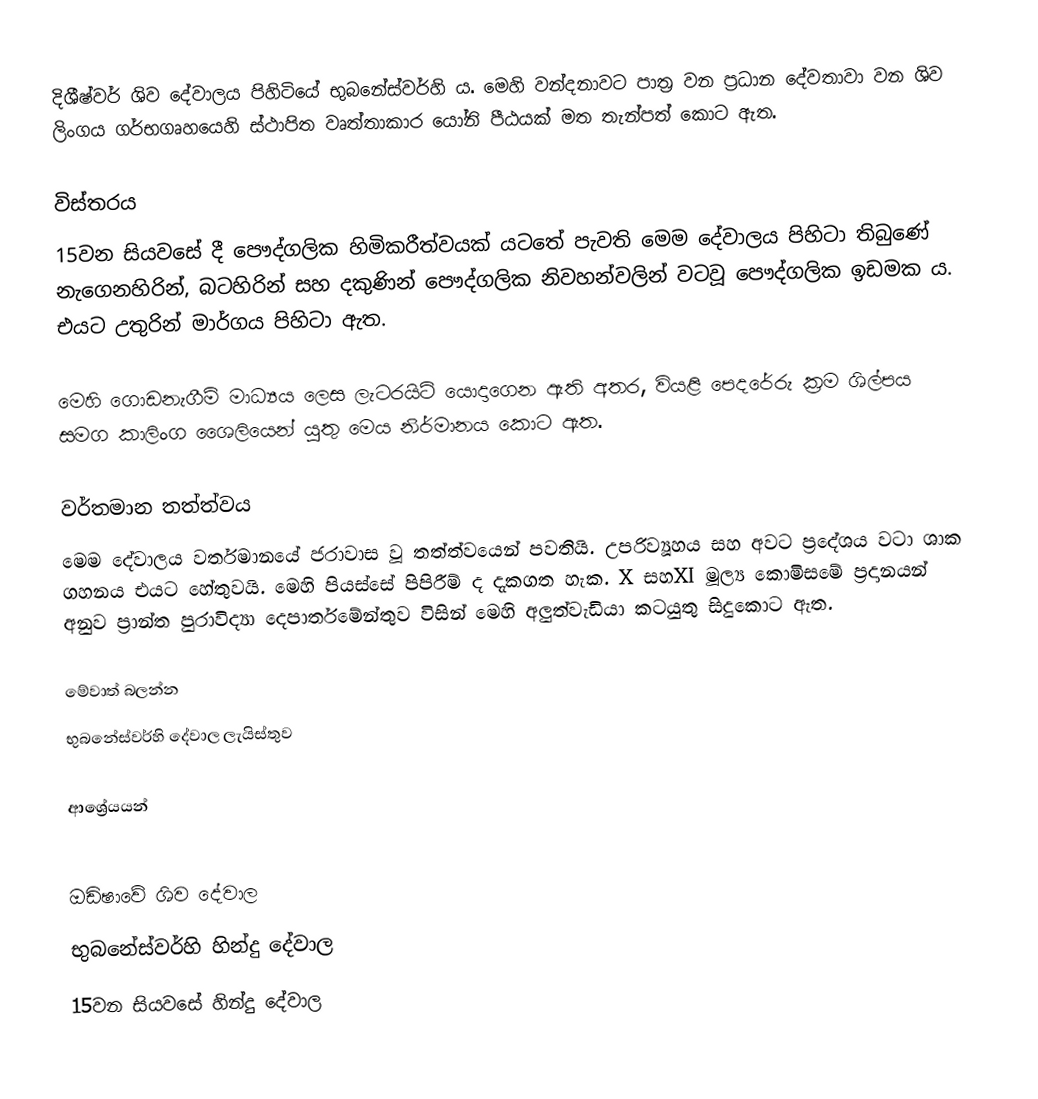
දිශීෂ්වර් ශිව දේවාලය පිහිටියේ භුබනේස්වර්හි ය. මෙහි වන්දනාවට පාත්‍ර වන ප්‍රධාන දේවතාවා වන ශිව ලිංගය ගර්භගෘහයෙහි ස්ථාපිත වෘත්තාකාර යෝනි පීඨයක් මත තැන්පත් කොට ඇත.

විස්තරය
15වන සියවසේ දී පෞද්ගලික හිමිකරීත්වයක් යටතේ පැවති මෙම දේවාලය පිහිටා තිබුණේ නැගෙනහිරින්, බටහිරින් සහ දකුණින් පෞද්ගලික නිවහන්වලින් වටවූ පෞද්ගලික ඉඩමක ය. එයට උතුරින් මාර්ගය පිහිටා ඇත.

මෙහි ගොඩනැගීම් මාධ්‍යය ලෙස ලැටරයිට් යොදාගෙන ඇති අතර, වියළි පෙදරේරු ක්‍රම ශිල්පය සමග කාලිංග ශෛලියෙන් යුතු මෙය නිර්මානය කොට ඇත.

වර්තමාන තත්ත්වය
මෙම දේවාලය වර්තමානයේ ජරාවාස වූ තත්ත්වයෙන් පවතියි. උපරිව්‍යූහය සහ අවට ප්‍රදේශය වටා ශාක ගහනය එයට හේතුවයි. මෙහි පියස්සේ පිපිරීම් ද දැකගත හැක. X සහXI මූල්‍ය කොමිසමේ ප්‍රදානයන් අනුව ප්‍රාන්ත පුරාවිද්‍යා දෙපාර්තමේන්තුව විසින් මෙහි අලුත්වැඩියා කටයුතු සිදුකොට ඇත.

මේවාත් බලන්න
 භුබනේස්වර්හි දේවාල ලැයිස්තුව

ආශ්‍රේයයන්

ඔඩිෂාවේ ශිව දේවාල
භුබනේස්වර්හි හින්දු දේවාල
15වන සියවසේ හින්දු දේවාල